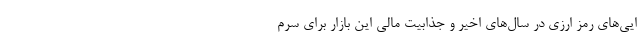
ایی‌های رمز ارزی در سال‌های اخیر و جذابیت مالی این بازار برای سرم